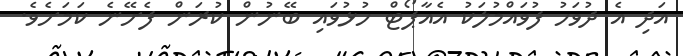
އަދި އެ ދުވަހު ފުވައްމުލަކު އެއާޕޯޓް ހުޅުވައި ބޭނުން ކުރަން ފެށޭނެ ކަމަށެވެ.